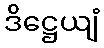
ဒိဋ္ဌေယျံ